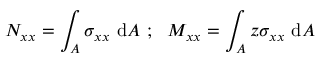
N _ { x x } = \int _ { A } \sigma _ { x x } ~ \mathrm { d } A ~ ; ~ ~ M _ { x x } = \int _ { A } z \sigma _ { x x } ~ \mathrm { d } A